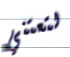
لتعتني